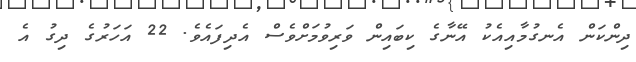
ދިންކަން އެނގުމާއިއެކު އޭނާގެ ކިބައިން ވަރިވުމަށްވެސް އެދިފައެވެ. 22 އަހަރުގެ ދިގު އެ